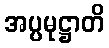
အပ္ပမုဋ္ဌာတိ